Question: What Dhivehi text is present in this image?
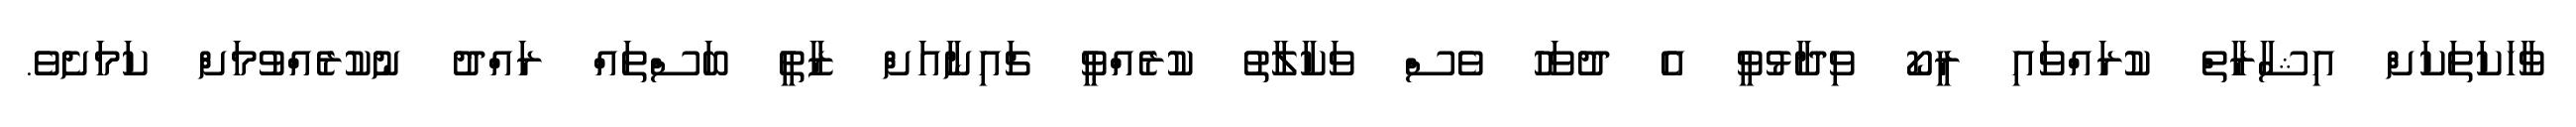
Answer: ވާހަކަތަކަށް އިޝާރާތް ކުރައްވައި ރީކޯ ވިދާޅުވީ އެ ދުވަހު ވެސް ވަކާލާތު ކުރެއްވީ ޗައިނާއަށް ޒާތީ ބަސްތައް ރައްދު ނުކުރެއްވުމަށް ކަމަށެވެ.